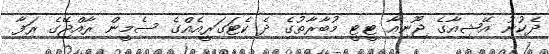
ދެކުނު އޭޝިއާގެ ޖޫނިއާ ޓީޓީ މުބާރާތުގެ ދެ ކެޓަގަރީއެއްގެ ސެމީން ރާއްޖޭގެ ރަފާ